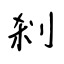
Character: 剎